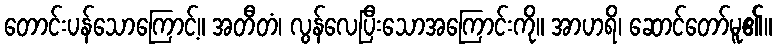
တောင်းပန်သောကြောင့်။ အတီတံ၊ လွန်လေပြီးသောအကြောင်းကို။ အာဟရိ၊ ဆောင်တော်မူ၏။